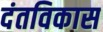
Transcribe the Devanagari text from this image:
दंतविकास